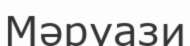
Мәруази